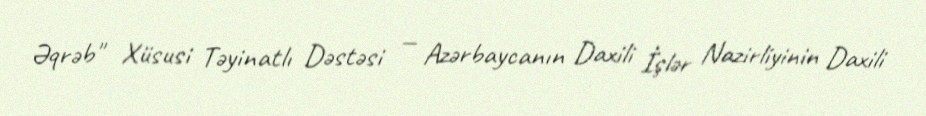
Əqrəb" Xüsusi Təyinatlı Dəstəsi — Azərbaycanın Daxili İşlər Nazirliyinin Daxili